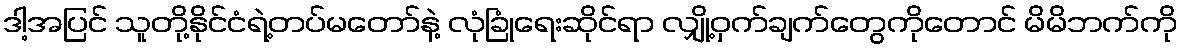
ဒါ့အပြင် သူတို့နိုင်ငံရဲ့တပ်မတော်နဲ့ လုံခြုံရေးဆိုင်ရာ လျှို့ဝှက်ချက်တွေကိုတောင် မိမိဘက်ကို